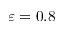
\varepsilon = 0 . 8